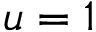
u = 1